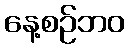
နေ့စဉ်ဘဝ